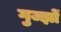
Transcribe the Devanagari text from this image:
गुज्झों